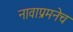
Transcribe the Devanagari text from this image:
नावाप्रमनेच